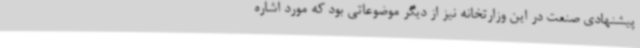
پیشنهادی صنعت در این وزارتخانه نیز از دیگر موضوعاتی بود که مورد اشاره